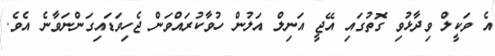
އެ ވަކީލް ވިދާޅުވި ގޮތުގައި އޭޖީ އަނިލް އަލުން ހުވާކުރައްވަން ޖެހިވަޑައިގަންނަވާނެ އެވެ.